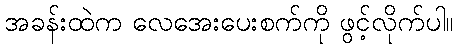
အခန်းထဲက လေအေးပေးစက်ကို ဖွင့်လိုက်ပါ။